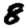
Digit: 8